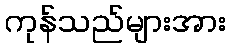
ကုန်သည်များအား